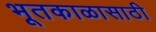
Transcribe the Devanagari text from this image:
भूतकाळासाठी